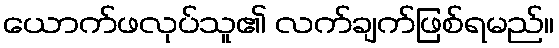
ယောက်ဖလုပ်သူ၏ လက်ချက်ဖြစ်ရမည်။